Medical and sanitary report of the native army of Madras for the year
Year: 1877
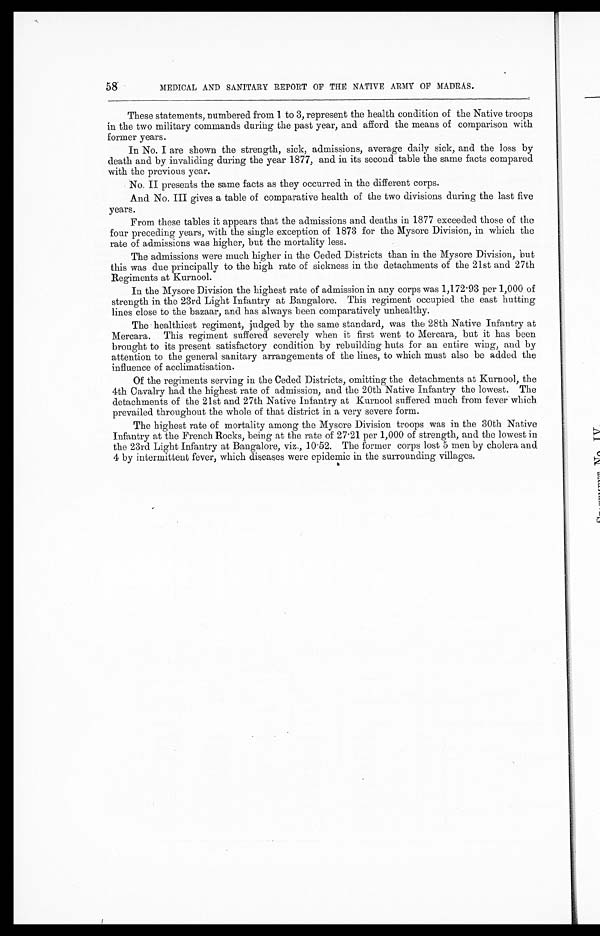
58
MEDICAL AND SANITARY REPORT OF THE NATIVE ARMY OF MADRAS.
These statements, numbered from 1 to 3, represent the health condition of the Native troops
in the two military commands daring the past year, and afford the means of comparison with
former years.
In No. I are shown the strength, sick, admissions, average daily sick, and the loss by
death and by invaliding during the year 1877, and in its second table the same facts compared
with the previous year.
No. II presents the same facts as they occurred in the different corps.
And No. III gives a table of comparative health of the two divisions during the last five
years.
From these tables it appears that the admissions and deaths in 1877 exceeded those of the
four preceding years, with the single exception of 1873 for the Mysore Division, in which the
rate of admissions was higher, but the mortality less.
The admissions were much higher in the Ceded Districts than in the Mysore Division, but
this was due principally to the high rate of sickness in the detachments of the 21st and 27th
Regiments at Kurnool.
In the Mysore Division the highest rate of admission in any corps was 1,172.93 per 1,000 of
strength in the 23rd Light Infantry at Bangalore. This regiment occupied the east hutting
lines close to the bazaar, and has always been comparatively unhealthy.
The healthiest regiment, judged by the same standard, was the 28th Native Infantry at
Mercara. This regiment suffered severely when it first went to Mercara, but it has been
brought to its present satisfactory condition by rebuilding huts for an entire wing, and by
attention to the general sanitary arrangements of the lines, to which must also be added the
influence of acclimatisation.
Of the regiments serving in the Ceded Districts, omitting the detachments at Kurnool, the
4th Cavalry had the highest rate of admission, and the 20th Native Infantry the lowest. The
detachments of the 21st and 27th Native Infantry at Kurnool suffered much from fever which
prevailed throughout the whole of that district in a very severe form.
The highest rate of mortality among the Mysore Division troops was in the 30th Native
Infantry at the French Rocks, being at the rate of 27.21 per 1,000 of strength, and the lowest in
the 23rd Light Infantry at Bangalore, viz., 10.52. The former corps lost 5 men by cholera and
4 by intermittent fever, which diseases were epidemic in the surrounding villages.